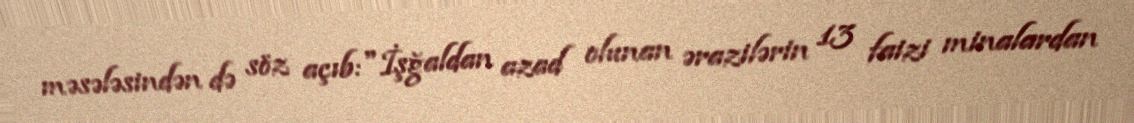
məsələsindən də söz açıb:"İşğaldan azad olunan ərazilərin 13 faizi minalardan